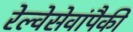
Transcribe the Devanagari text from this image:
रेल्वेसेवांपैकी